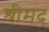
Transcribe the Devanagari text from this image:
श्रीमद्‍